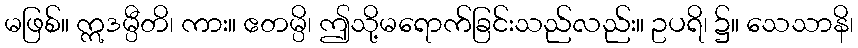
မဖြစ်။ ဣဒမ္ပီတိ၊ ကား။ ဧတမ္ပိ၊ ဤသို့မရောက်ခြင်းသည်လည်း။ ဥပရိ၊ ၌။ သေသာနိ၊